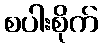
စပါးစိုက်